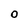
Character: O